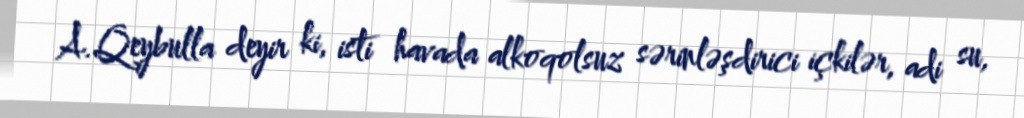
A.Qeybulla deyir ki, isti havada alkoqolsuz sərinləşdirici içkilər, adi su,